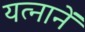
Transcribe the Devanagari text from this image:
यत्नानें